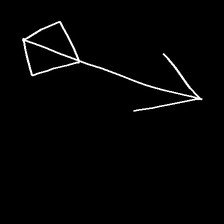
Glyph: focus